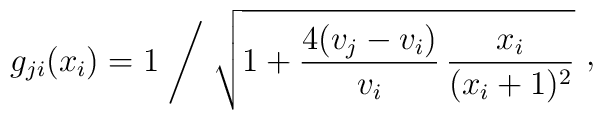
g_{ji}(x_{i}) = 1\Biggm/ \sqrt{1+{4(v_{j}-v_{i})\over v_{i}}\,{x_{i}\over (x_{i}+1)^{2}}}\ \raise 2pt\hbox{,}